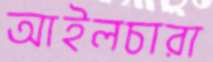
আইলচারা